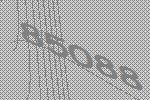
85088